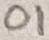
Text: 01